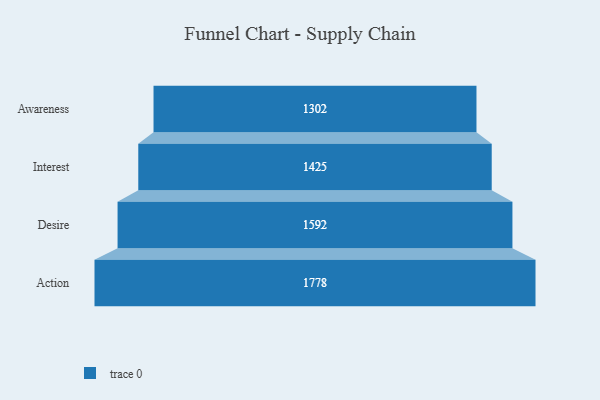
{"axis": {"x": "Stage", "y": "Value"}, "legend": [""], "data": [{"x": "Awareness", "y": 1302.0, "type": ""}, {"x": "Interest", "y": 1425.0, "type": ""}, {"x": "Desire", "y": 1592.0, "type": ""}, {"x": "Action", "y": 1778.0, "type": ""}]}